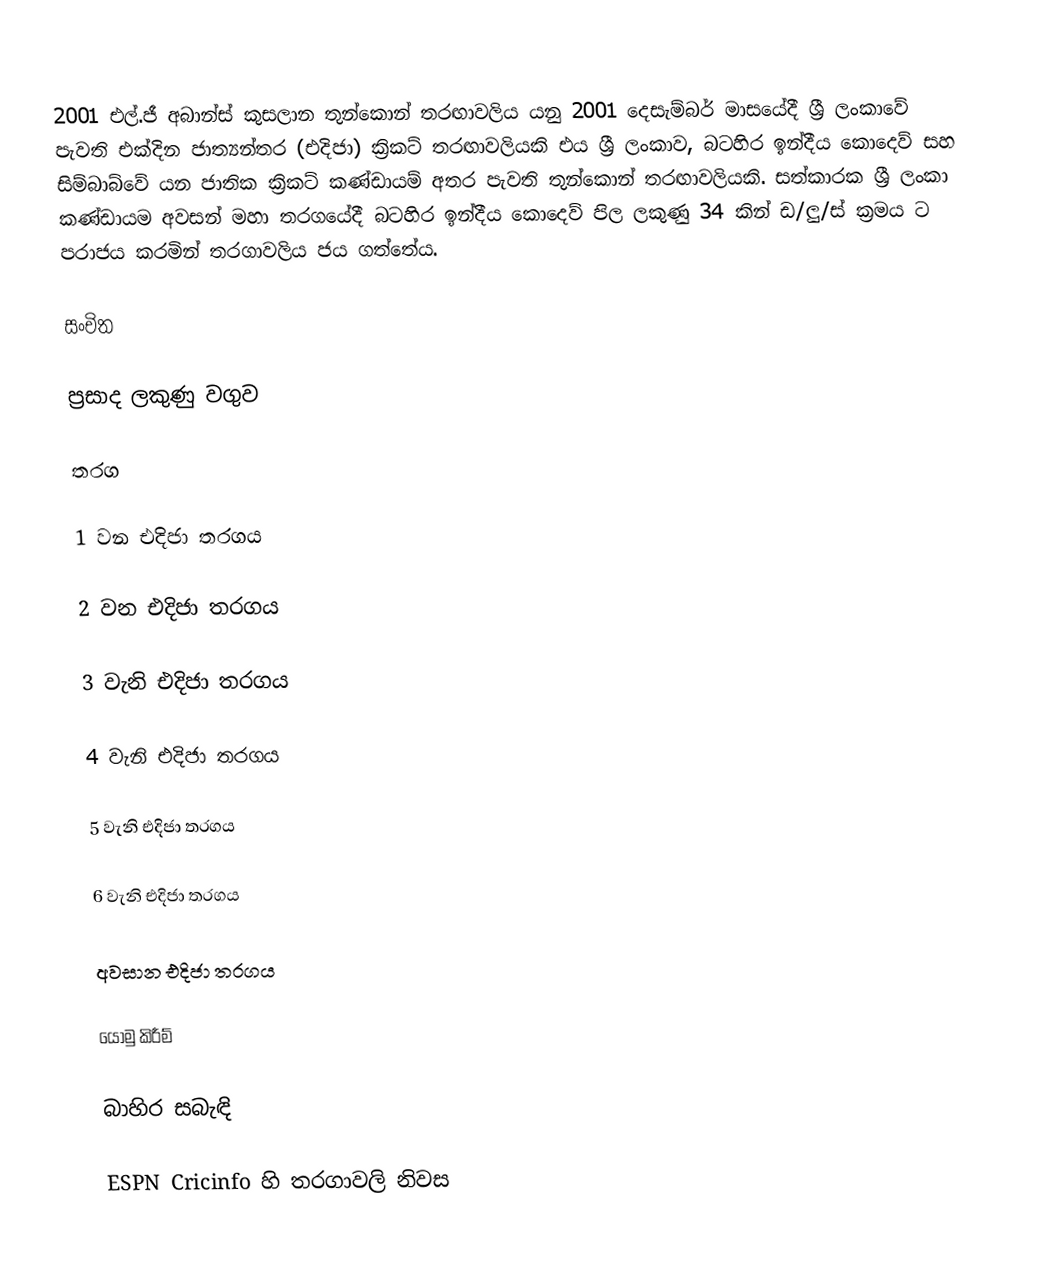
2001 එල්.ජී අබාන්ස් කුසලාන තුන්කොන් තරඟාවලිය යනු 2001 දෙසැම්බර් මාසයේදී ශ්‍රී ලංකාවේ පැවති එක්දින ජාත්‍යන්තර (එදිජා) ක්‍රිකට් තරඟාවලියකි  එය ශ්‍රී ලංකාව, බටහිර ඉන්දීය කොදෙව් සහ සිම්බාබ්වේ යන ජාතික ක්‍රිකට් කණ්ඩායම් අතර පැවති තුන්කොන් තරඟාවලියකි. සත්කාරක ශ්‍රී ලංකා කණ්ඩායම අවසන් මහා තරගයේදී බටහිර ඉන්දීය කොදෙව් පිල ලකුණු 34 කින් ඩ/ලු/ස් ක්‍රමය ට පරාජය කරමින් තරගාවලිය ජය ගත්තේය.

සංචිත

ප්‍රසාද ලකුණු වගුව

තරග

1 වන එදිජා තරගය

2 වන එදිජා තරගය

3 වැනි එදිජා තරගය

4 වැනි එදිජා තරගය

5 වැනි එදිජා තරගය

6 වැනි එදිජා තරගය

අවසාන එදිජා තරගය

යොමු කිරීම්

බාහිර සබැඳි

 ESPN Cricinfo හි තරගාවලි නිවස